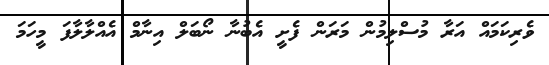
ވެރިކަމައް އަރާ މުސްލިމުން މަރަން ފެށީ އެބުނާ ނޯބަލް އިނާމް އެއްލާލާފަ މީހަމަ